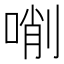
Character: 𠸑